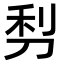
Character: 𠜣